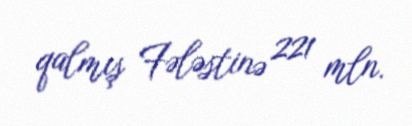
qalmış Fələstinə 221 mln.